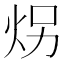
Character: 𪸝